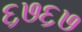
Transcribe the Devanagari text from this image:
६७६७